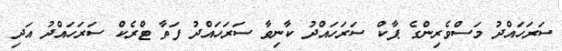
ސަރަހައްދު މަސްވެރިންގެ ޕާކް ސަރަހައްދު ކާނިވާ ސަރަހައްދު ފަތާ ޓްރެކް ސަރަހައްދު އަދި